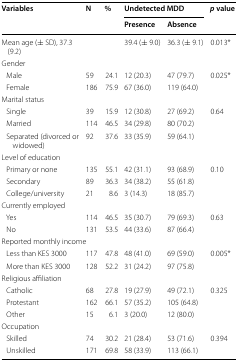
| <ROWSPAN=2> Variables | <ROWSPAN=2> N | <ROWSPAN=2> % | <COLSPAN=2> Undetected MDD | <ROWSPAN=2> p value |
 | Presence | Absence |
 | --- | --- | --- | --- | --- | --- |
 | Mean age (± SD), 37.3 (9.2) |  |  | 39.4 (± 9.0) | 36.3 (± 9.1) | 0.013* |
 | <COLSPAN=6> Gender |
 | Male | 59 | 24.1 | 12 (20.3) | 47 (79.7) | 0.025* |
 | Female | 186 | 75.9 | 67 (36.0) | 119 (64.0) |  |
 | <COLSPAN=6> Marital status |
 | Single | 39 | 15.9 | 12 (30.8) | 27 (69.2) | 0.64 |
 | Married | 114 | 46.5 | 34 (29.8) | 80 (70.2) |  |
 | Separated (divorced or widowed) | 92 | 37.6 | 33 (35.9) | 59 (64.1) |  |
 | <COLSPAN=6> Level of education |
 | Primary or none | 135 | 55.1 | 42 (31.1) | 93 (68.9) | 0.10 |
 | Secondary | 89 | 36.3 | 34 (38.2) | 55 (61.8) |  |
 | College/university | 21 | 8.6 | 3 (14.3) | 18 (85.7) |  |
 | <COLSPAN=6> Currently employed |
 | Yes | 114 | 46.5 | 35 (30.7) | 79 (69.3) | 0.63 |
 | No | 131 | 53.5 | 44 (33.6) | 87 (66.4) |  |
 | <COLSPAN=6> Reported monthly income |
 | Less than KES 3000 | 117 | 47.8 | 48 (41.0) | 69 (59.0) | 0.005* |
 | More than KES 3000 | 128 | 52.2 | 31 (24.2) | 97 (75.8) |  |
 | <COLSPAN=6> Religious affiliation |
 | Catholic | 68 | 27.8 | 19 (27.9) | 49 (72.1) | 0.325 |
 | Protestant | 162 | 66.1 | 57 (35.2) | 105 (64.8) |  |
 | Other | 15 | 6.1 | 3 (20.0) | 12 (80.0) |  |
 | <COLSPAN=6> Occupation |
 | Skilled | 74 | 30.2 | 21 (28.4) | 53 (71.6) | 0.394 |
 | Unskilled | 171 | 69.8 | 58 (33.9) | 113 (66.1) |  |